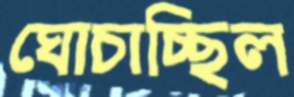
ঘোচাচ্ছিল